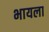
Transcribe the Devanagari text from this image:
भायला